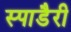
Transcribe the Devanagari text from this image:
स्पाडैरी